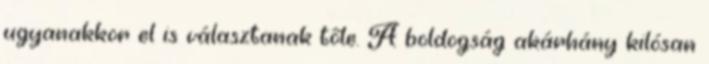
ugyanakkor el is választanak tőle. A boldogság akárhány kilósan